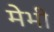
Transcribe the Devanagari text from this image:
मेभी